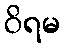
ဝိရမ